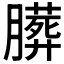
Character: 𱼝